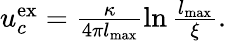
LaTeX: \begin{array}{r}{u_{c}^{\mathrm{ex}}=\frac{\kappa}{4\pi l_{\mathrm{max}}}\ln\frac{l_{\mathrm{max}}}{\xi}.}\end{array}